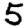
Digit: 5